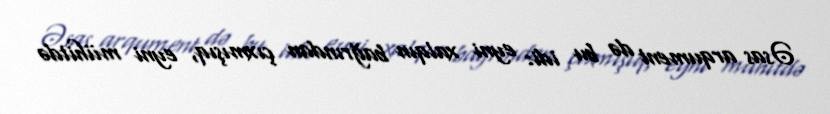
Əsas arqument də bu idi: eyni xalqın bağrından çıxmışıq, eyni mühitdə